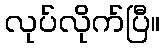
လုပ်လိုက်ပြီ။